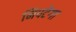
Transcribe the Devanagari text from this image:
निपटेगा